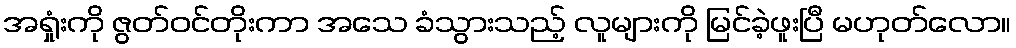
အရှုံးကို ဇွတ်ဝင်တိုးကာ အသေ ခံသွားသည့် လူများကို မြင်ခဲ့ဖူးပြီ မဟုတ်လော။